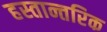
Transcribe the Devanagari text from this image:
हस्तान्तरिक